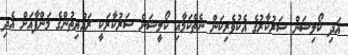
އަދި ކޯލިޝަން ސަރުކާރުގެ އެކުވެރިކަން ނެތްކަމާއި ކޯލީޝަން ސަރުކާރަކީ ރައްޔިތުންގެ މަންފާއަށް އެދި